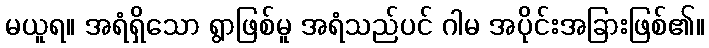
မယူရ။ အရံရှိသော ရွာဖြစ်မူ အရံသည်ပင် ဂါမ အပိုင်းအခြားဖြစ်၏။